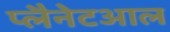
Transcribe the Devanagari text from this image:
प्लैनेटआल